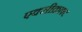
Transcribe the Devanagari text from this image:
एक्सीक्राफ्ट